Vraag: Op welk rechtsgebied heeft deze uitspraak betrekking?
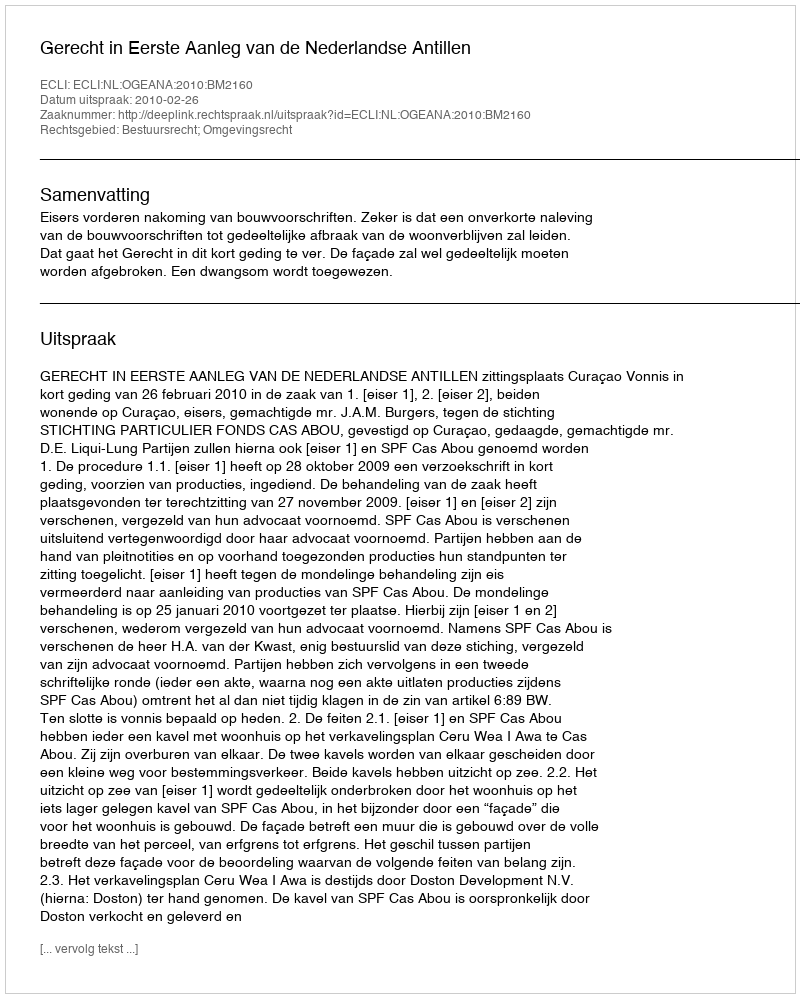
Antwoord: Bestuursrecht; Omgevingsrecht